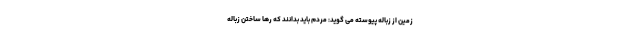
زمین از زباله پیوسته می گوید: مردم باید بدانند که رها ساختن زباله